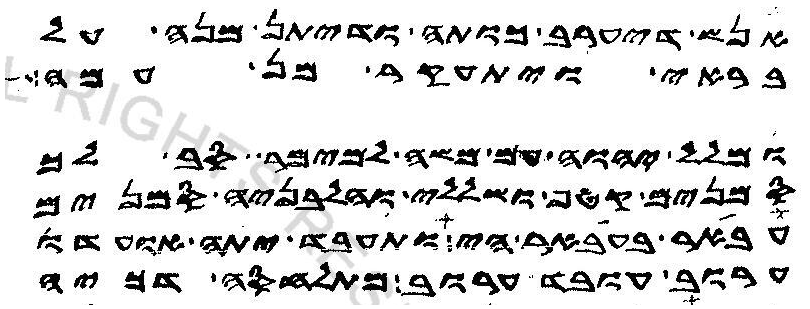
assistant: אנש דיערב כותה ודיתן מנה על
בראי ויתעקר מן עמה
ומלל יהוה עם משה למימר סב לך
סמנים קטף ושללי והלבניה סמנים
עבאר בעאבר הי ותעבד יתה אועדו
ערוב עובד ערוב מתלחסה דכיה